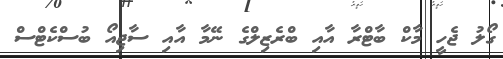
ގޯލު ޖެހީ މާކް ބާޓްރާ އާއި ބްރެޒިލްގެ ނޭމާ އާއި ސާޖިއޯ ބުސްކެޓްސް